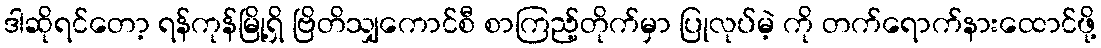
ဒါဆိုရင်တော့ ရန်ကုန်မြို့ရှိ ဗြိတိသျှကောင်စီ စာကြည့်တိုက်မှာ ပြုလုပ်မဲ့ ကို တက်ရောက်နားထောင်ဖို့